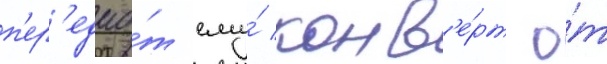
п'ер'едао́т ему́ конв'е́рт о́т